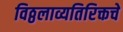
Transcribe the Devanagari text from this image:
विठ्ठलाव्यतिरिक्तचे